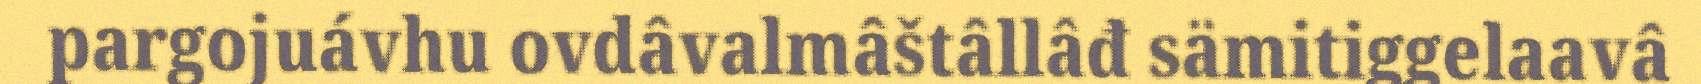
pargojuávhu ovdâvalmâštâllâđ sämitiggelaavâ